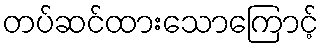
တပ်ဆင်ထားသောကြောင့်